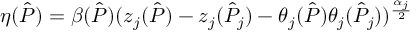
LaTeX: \eta ( \hat { P } ) = \beta ( \hat { P } ) ( z _ { j } ( \hat { P } ) - z _ { j } ( \hat { P } _ { j } ) - \theta _ { j } ( \hat { P } ) \theta _ { j } ( \hat { P } _ { j } ) ) ^ { \frac { \alpha _ { j } } { 2 } }